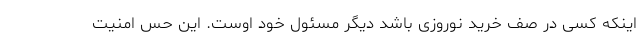
اینکه کسی در صف خرید نوروزی باشد دیگر مسئول خود اوست. این حس امنیت